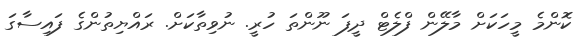
ކޮންމެ މީހަކަށް މާލޭން ފްލެޓް ދީފަ ނޫންތަ ހުރީ. ނުވިތާކަށް. ރައްޔިތުންގެ ފައިސާގަ